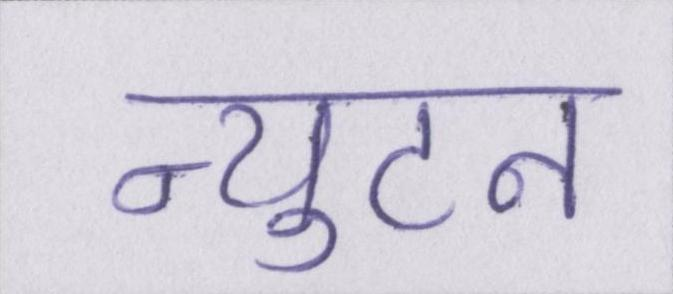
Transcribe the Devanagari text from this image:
न्युटन